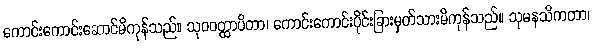
ကောင်းကောင်းဆောင်မိကုန်သည်။ သုဝဝတ္ထာပိတာ၊ ကောင်းကောင်းပိုင်းခြားမှတ်သားမိကုန်သည်။ သုမနသိကတာ၊